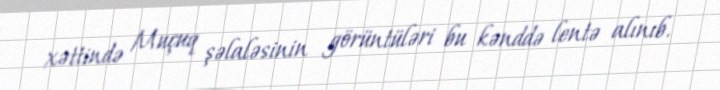
xəttində Muçuq şəlaləsinin görüntüləri bu kənddə lentə alınıb.